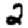
Digit: 2